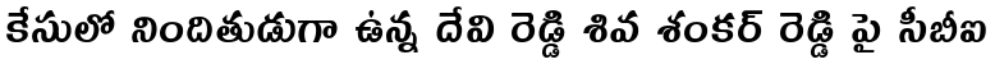
కేసులో నిందితుడుగా ఉన్న దేవి రెడ్డి శివ శంకర్ రెడ్డి పై సీబీఐ